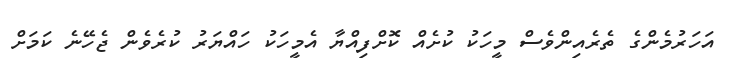
އަހަރުމެންގެ ތެރެއިންވެސް މީހަކު ކުށެއް ކޮށްފިއްޔާ އެމީހަކު ހައްޔަރު ކުރެވެން ޖެހޭނެ ކަމަށް